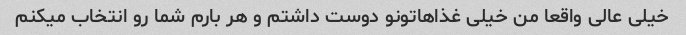
خیلی عالی واقعا من خیلی غذاهاتونو دوست داشتم و هر بارم شما رو انتخاب میکنم